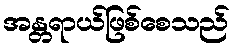
အန္တရာယ်ဖြစ်စေသည်